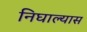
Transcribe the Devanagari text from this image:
निघाल्यास